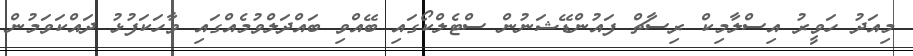
މިއަދު ހަވީރު އިސްލާމިކް ރިސާޗް ފައުންޑޭޝަނުން ސްޓެލްކޯގައި ބޭއްވި ބައްދަލްވުމެއްގައި ވާހަކަފުޅު ދައްކަވަމުން